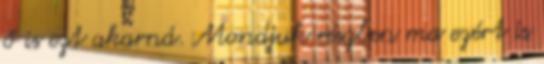
ő is ezt akarná. Mondjuk részben ma ezért is